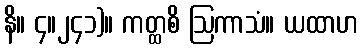
နိ။ ၄။၂၄၁)။ ကတ္ထစိ ဩကာသံ။ ယထာဟ